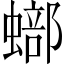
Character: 𧐾